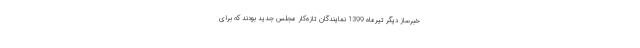
خبرساز دیگر تیرماه 1399 نمایندگان تازه‌کار مجلس جدید بودند که برای